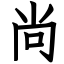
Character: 尚